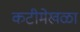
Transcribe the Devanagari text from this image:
कटीमेखळा